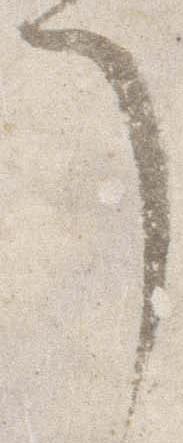
了